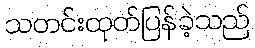
သတင်းထုတ်ပြန်ခဲ့သည်